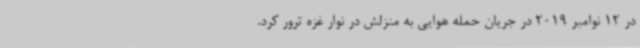
در 12 نوامبر 2019 در جریان حمله هوایی به منزلش در نوار غزه ترور کرد.